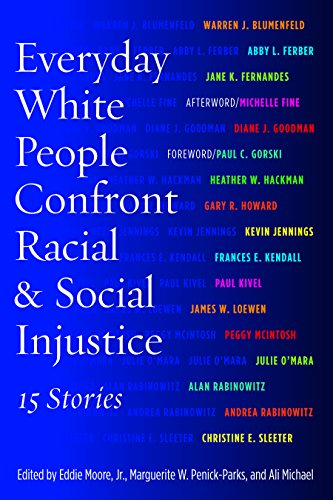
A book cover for Everyday White People Confront Racial and Social Injustice: 15 Stories; Biographies & Memoirs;